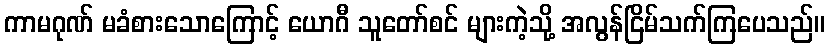
ကာမဂုဏ် မခံစားသောကြောင့် ယောဂီ သူတော်စင် များကဲ့သို့ အလွန်ငြိမ်သက်ကြပေသည်။